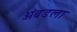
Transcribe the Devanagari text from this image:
अंबडला